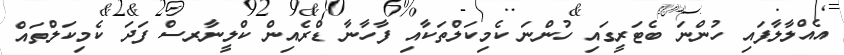
އެއްލާލާފައި ހުންނަ ބެޓަރީގައި ހުންނަ ކެމިކަލްތަކާއި ފާހާނާ ޑްރެއިން ކްލީނާރސް ފަދަ ކެމިކަލްތައް